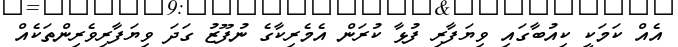
އެއް ކަމަކީ ކިއުބާގައި ވިޔަފާރި ފުޅާ ކުރަން އެމެރިކާގެ ނުފޫޒު ގަދަ ވިޔަފާރިވެރިންތަކެއް